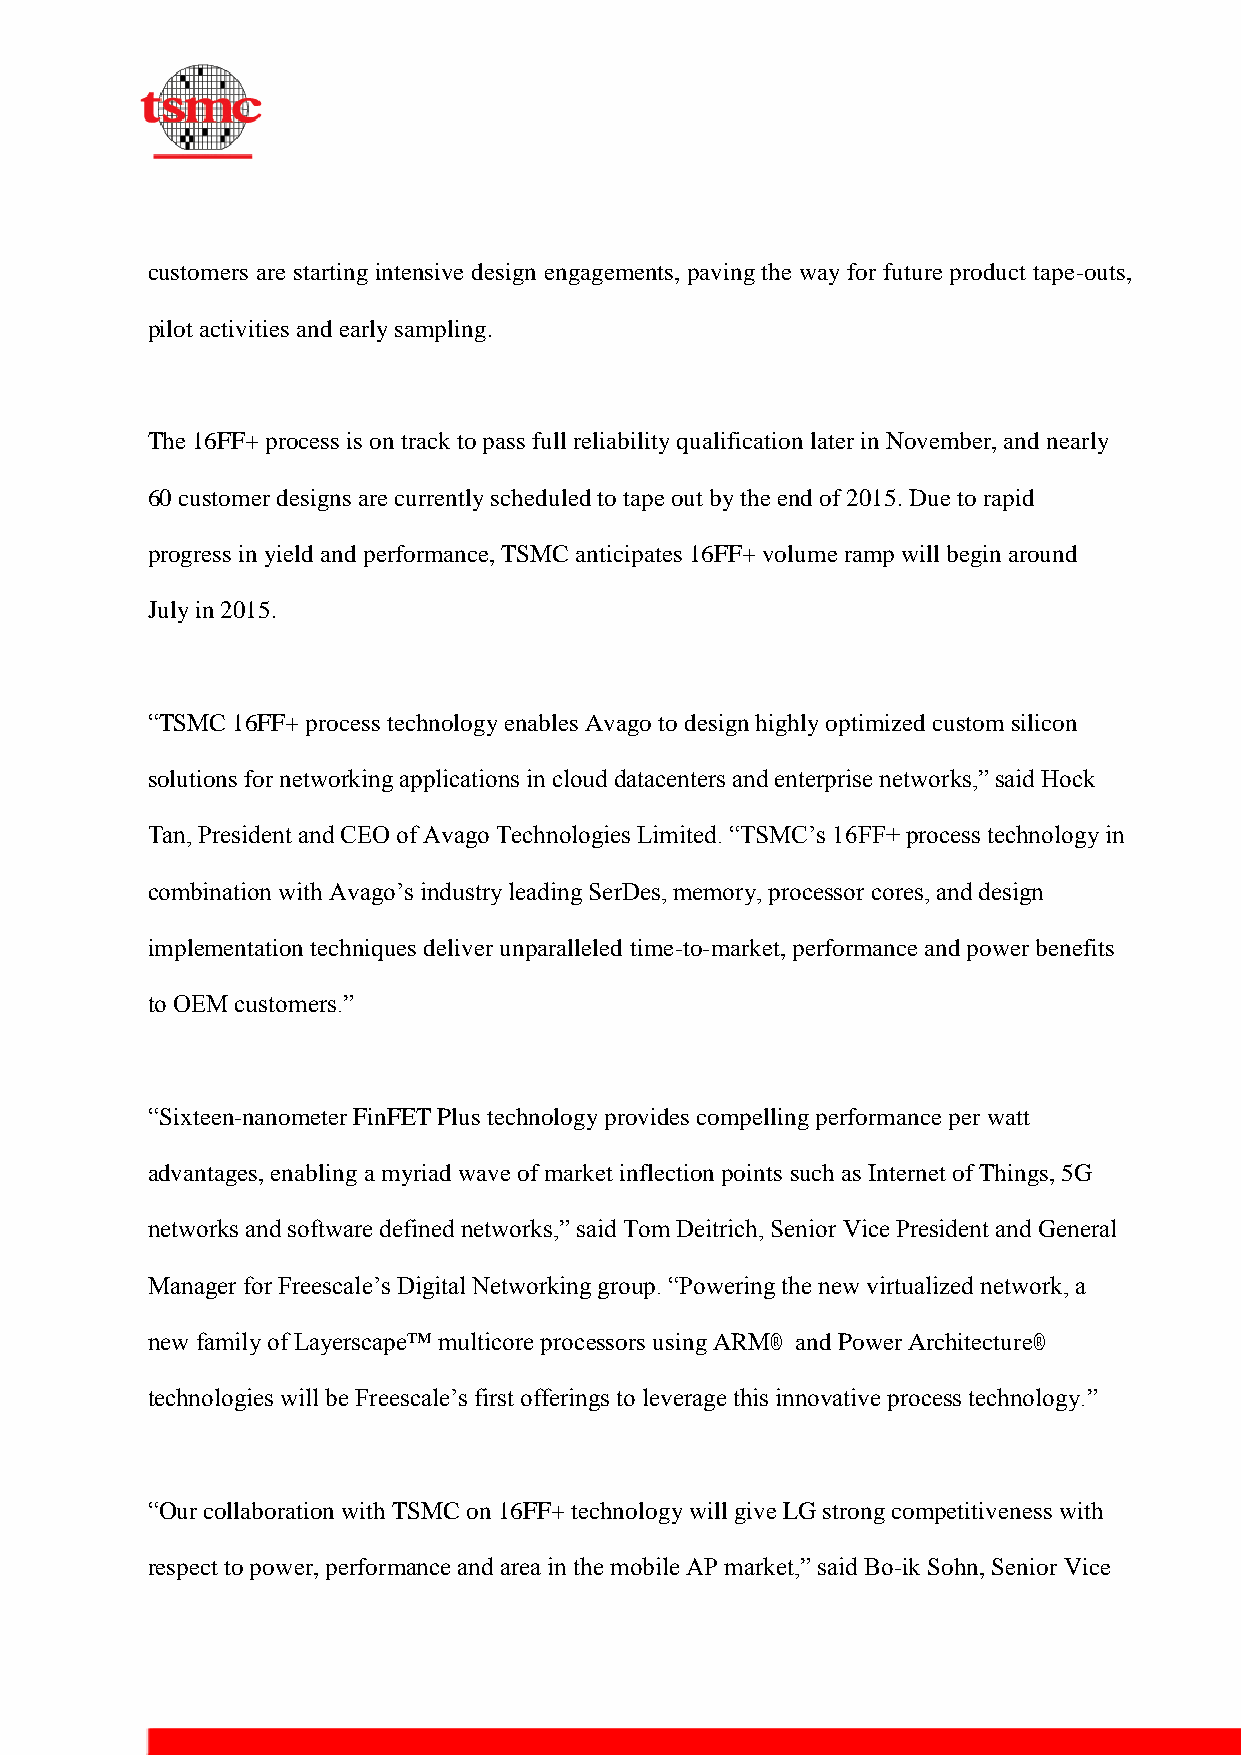
customers are starting intensive design engagements, paving the way for future product tape-outs,
 pilot activities and early sampling.
 The 16FF+ process is on track to pass full reliability qualification later in November, and nearly
 60 customer designs are currently scheduled to tape out by the end of 2015. Due to rapid
 progress in yield and performance, TSMC anticipates 16FF+ volume ramp will begin around
 July in 2015.
 “TSMC 16FF+ process technology enables Avago to design highly optimized custom silicon
 solutions for networking applications in cloud datacenters and enterprise networks,” said Hock
 Tan, President and CEO of Avago Technologies Limited. “TSMC’s 16FF+ process technology in
 combination with Avago’s industry leading SerDes, memory, processor cores, and design
 implementation techniques deliver unparalleled time-to-market, performance and power benefits
 to OEM customers.”
 “Sixteen-nanometer FinFET Plus technology provides compelling performance per watt
 advantages, enabling a myriad wave of market inflection points such as Internet of Things, 5G
 networks and software defined networks,” said Tom Deitrich, Senior Vice President and General
 Manager for Freescale’s Digital Networking group. “Powering the new virtualized network, a
 new family of Layerscape™ multicore processors using ARM® and Power Architecture®
 technologies will be Freescale’s first offerings to leverage this innovative process technology.”
 “Our collaboration with TSMC on 16FF+ technology will give LG strong competitiveness with
 respect to power, performance and area in the mobile AP market,” said Bo-ik Sohn, Senior Vice